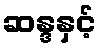
ဆန္ဒနှင့်